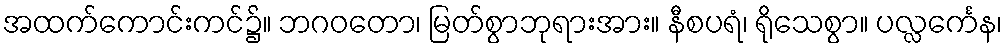
အထက်ကောင်းကင်၌။ ဘဂဝတော၊ မြတ်စွာဘုရားအား။ နီစပရံ၊ ရိုသေစွာ။ ပလ္လင်္ကေန၊